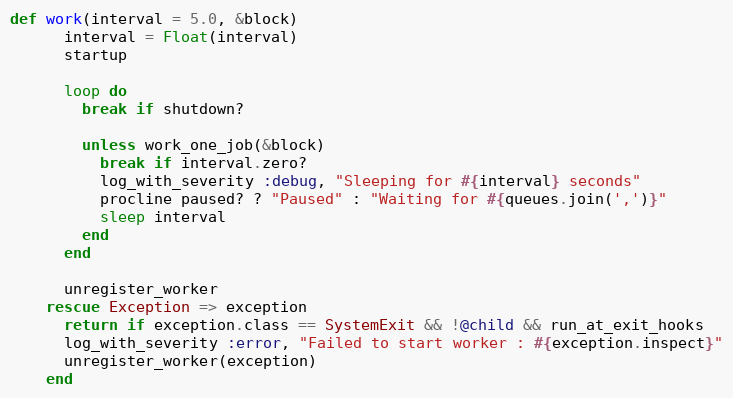
Language: Ruby
def work(interval = 5.0, &block)
      interval = Float(interval)
      startup

      loop do
        break if shutdown?

        unless work_one_job(&block)
          break if interval.zero?
          log_with_severity :debug, "Sleeping for #{interval} seconds"
          procline paused? ? "Paused" : "Waiting for #{queues.join(',')}"
          sleep interval
        end
      end

      unregister_worker
    rescue Exception => exception
      return if exception.class == SystemExit && !@child && run_at_exit_hooks
      log_with_severity :error, "Failed to start worker : #{exception.inspect}"
      unregister_worker(exception)
    end